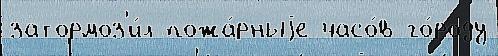
затормоз'и́л пожа́рныjе часо́в го́роду